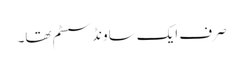
صرف ایک ساونڈ سسٹم تھا۔